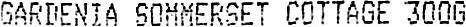
GARDENIA SOMMERSET COTTAGE 300G